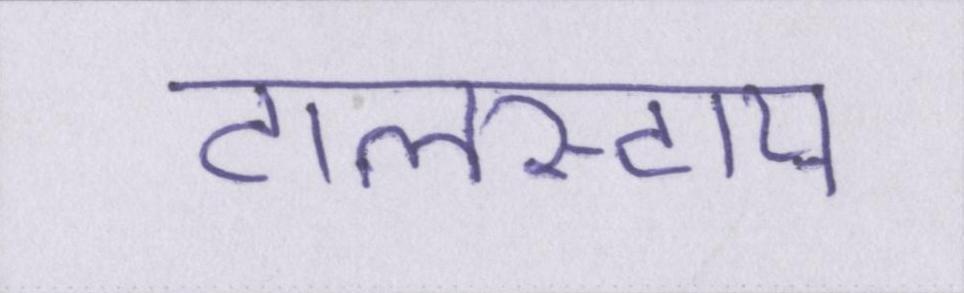
टालस्टाय